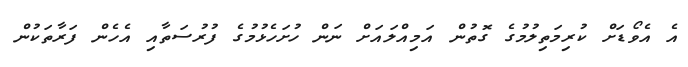
އެ އެވޯޑަށް ކުރިމަތިލުމުގެ ގޮތުން އަމިއްލައަށް ނަން ހުށަހެޅުމުގެ ފުރުސަތާއި އެހެން ފަރާތަކުން